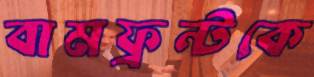
বামফ্রন্টকে